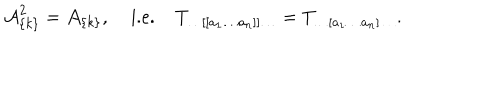
LaTeX: { \cal A } _ { \{ k \} } ^ { 2 } = { \cal A } _ { \{ k \} } , \; \mathrm { i . e . } \; T _ { \ldots [ [ a _ { 1 } \ldots a _ { n } ] ] \ldots } = T _ { \ldots [ a _ { 1 } \ldots a _ { n } ] \ldots } .